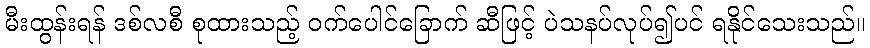
မီးထွန်းရန် ဒစ်လစီ စုထားသည့် ဝက်ပေါင်ခြောက် ဆီဖြင့် ပဲသနပ်လုပ်၍ပင် ရနိုင်သေးသည်။